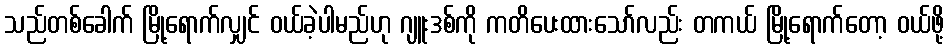
သည်တစ်ခေါက် မြို့ရောက်လျှင် ဝယ်ခဲ့ပါမည်ဟု ဂျူးဒစ်ကို ကတိပေးထားသော်လည်း တကယ် မြို့ရောက်တော့ ဝယ်ဖို့